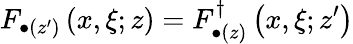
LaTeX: F_{\bullet(z^{\prime})}\left(x,\xi;z\right)=F_{\bullet(z)}^{\dagger}\left(x,\xi;z^{\prime}\right)